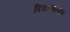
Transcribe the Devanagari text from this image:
विचारणात्मक